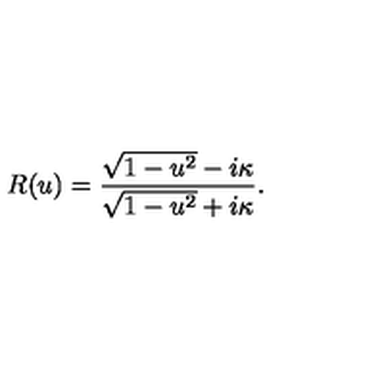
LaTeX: R ( u ) = { \frac { \sqrt { 1 - u ^ { 2 } } - i \kappa } { \sqrt { 1 - u ^ { 2 } } + i \kappa } } .